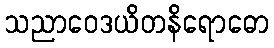
သညာဝေဒယိတနိရောဓော